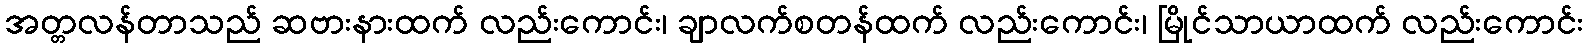
အတ္တလန်တာသည် ဆဗားနားထက် လည်းကောင်း၊ ချာလက်စတန်ထက် လည်းကောင်း၊ မြိုင်သာယာထက် လည်းကောင်း